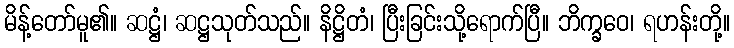
မိန့်တော်မူ၏။ ဆဋ္ဌံ၊ ဆဋ္ဌသုတ်သည်။ နိဋ္ဌိတံ၊ ပြီးခြင်းသို့ရောက်ပြီ။ ဘိက္ခဝေ၊ ရဟန်းတို့။